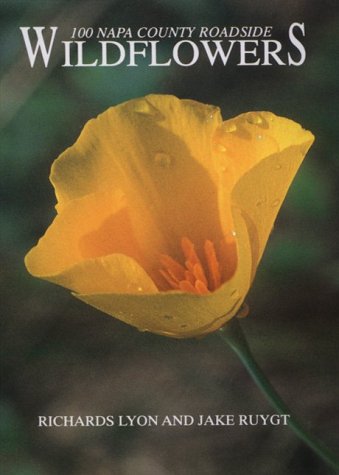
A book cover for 100 Napa County roadside wildflowers; Richards Lyon; Sports & Outdoors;